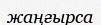
жаңғырса